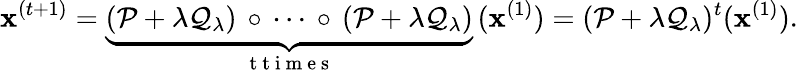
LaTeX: \mathbf{x}^{(t+1)}=\underset{\mathrm{~t~t~i~m~e~s~}}{\underbrace{(\mathcal{P}+\lambda\mathcal{Q}_{\lambda})\, \circ\, \cdots\, \circ\, (\mathcal{P}+\lambda\mathcal{Q}_{\lambda})}}\, (\mathbf{x}^{(1)})=(\mathcal{P}+\lambda\mathcal{Q}_{\lambda})^{t}(\mathbf{x}^{(1)}).